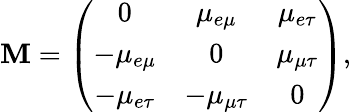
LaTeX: \mathbf{M}=\left(\begin{array}{ccc}{{0}}&{{\mu_{e\mu}}}&{{\mu_{e\tau}}}\\ {{-\mu_{e\mu}}}&{{0}}&{{\mu_{\mu\tau}}}\\ {{-\mu_{e\tau}}}&{{-\mu_{\mu\tau}}}&{{0}}\end{array}\right),